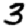
Digit: 3